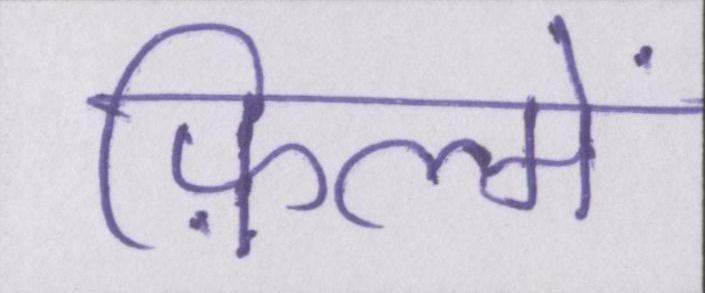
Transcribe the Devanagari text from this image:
फ़िल्में